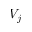
V _ { j }